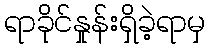
ရာခိုင်နှုန်းရှိခဲ့ရာမှ